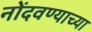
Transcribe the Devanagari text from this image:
नोंदवण्याच्या